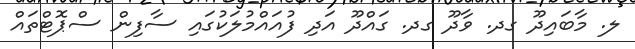
ލ. މާބައިދޫ ގދ. ވާދޫ ގދ. ގައްދޫ އަދި ފުއައްމުލަކުގައި ސާފިން ސްޕޮޓްތައް